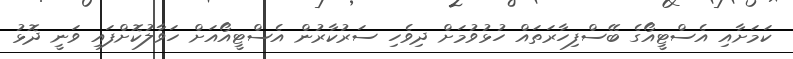
ކަމަށާއި އެސްޓީއޯގެ ބޭސްފިހާރަތައް ހުޅުވުމަށް ދިވެހި ސަރުކާރުން އެސްޓީއޯއަށް ހަވާލުކޮށްފައި ވަނީ ދޮޅު